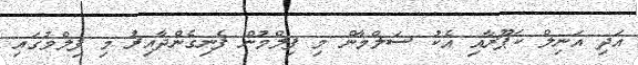
އަދި އަނިލް ކަޕޫރާއި އެކު ސަލްމާން މި ފިލްމުން ފެނިގެންދާއިރު މި ފިލްމުގައި